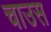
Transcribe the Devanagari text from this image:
चाउस